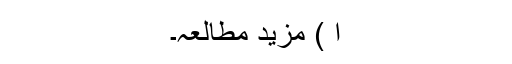
ا ) مزید مطالعہ۔